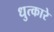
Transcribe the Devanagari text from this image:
धुत्कारे